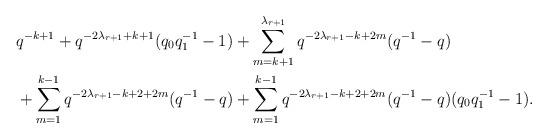
LaTeX: \begin{align*}&q^{-k+1} + q^{-2\lambda_{r+1}+k+1}(q_0q_1^{-1}-1) + \sum_{m=k+1}^{\lambda_{r+1}} q^{-2\lambda_{r+1}-k+2m}(q^{-1}-q)\\ &+\sum_{m=1}^{k-1} q^{-2\lambda_{r+1}-k+2+2m}(q^{-1}-q) + \sum_{m=1}^{k-1} q^{-2\lambda_{r+1}-k+2+2m}(q^{-1}-q)(q_0q_1^{-1}-1). \end{align*}